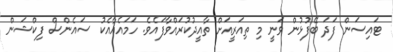
ޓައިސަން ފަދަ ބޭފުޅުން ވަނީ މި ތިއަރީއަށް ތާއީދުކުރައްވާފައެވެ. ހަމައެއާއެކު ސައެންސް ފިކްޝަން